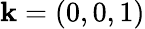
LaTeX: \mathbf{k}=(0,0,1)